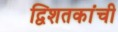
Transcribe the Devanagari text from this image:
द्विशतकांची